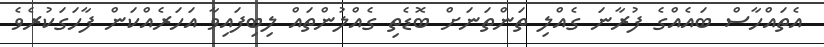
އެތައްހާސް ބައެއްގެ ފުރާނަ ގެއްލި ތަންތަނަށް ބޮޑެތި ގެއްލުންތައް ލިބިފައިވާ އަހަރެއްކަން ފާހަގަކުރެވެ